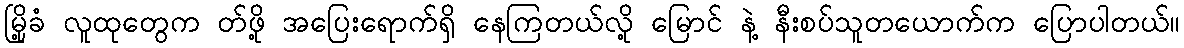
မြို့ခံ လူထုတွေက တ်ဖို့ အပြေးရောက်ရှိ နေကြတယ်လို့ မြောင် နဲ့ နီးစပ်သူတယောက်က ပြောပါတယ်။